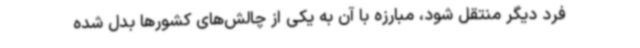
فرد دیگر منتقل شود، مبارزه با آن به یکی از چالش‌های کشورها بدل شده